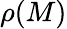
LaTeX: \rho(M)